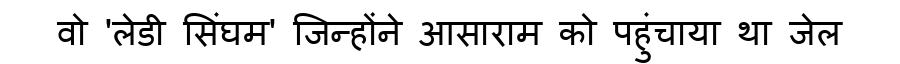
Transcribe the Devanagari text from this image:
वो 'लेडी सिंघम' जिन्होंने आसाराम को पहुंचाया था जेल